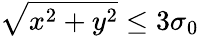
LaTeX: \sqrt{x^{2}+y^{2}}\le 3\sigma_{0}